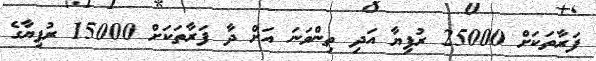
ފަރާތަކަށް 25000 ރުފިޔާ އަދި ތިންވަނަ އަށް ދާ ފަރާތަކަށް 15000 ރުފިޔާގެ